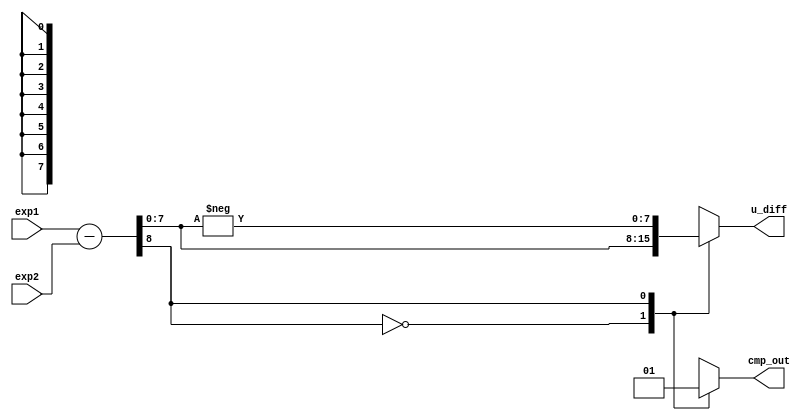
module int_compare (
	exp1,
	exp2,
	u_diff,
	cmp_out
);
	input [7:0] exp1;
	input [7:0] exp2;
	output [7:0] u_diff;
	output reg cmp_out;
	wire [8:0] u_exp1 = {1'b0, exp1};
	wire [8:0] u_exp2 = {1'b0, exp2};
	reg [8:0] diff;
	assign u_diff = diff[7:0];
	always @(*) begin
		diff = u_exp1 - u_exp2;
		case (diff[8])
			1'b0: cmp_out = 1'b0;
			1'b1: begin
				cmp_out = 1'b1;
				diff = -diff;
			end
		endcase
	end
endmodule